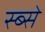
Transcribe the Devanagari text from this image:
स्ब्से